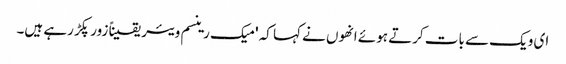
ای ویک سے بات کرتے ہوئے انھوں نے کہا کہ 'میک رینسم ویئر یقیناً زور پکڑ رہے ہیں۔